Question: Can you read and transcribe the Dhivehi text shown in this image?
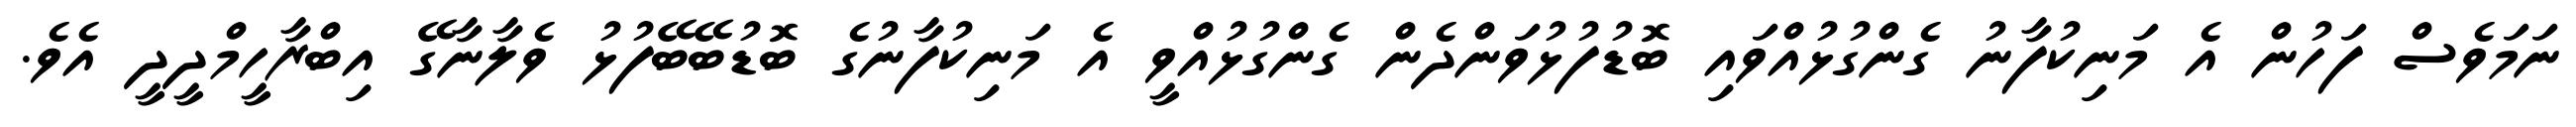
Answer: ނަމަވެސް ފަހުން އެ މަނިކުފާނު ގެންގުޅުއްވައި ބޮޑުފުޅުވަންދެން ގެންގުޅުއްވީ އެ މަނިކުފާނުގެ ބޮޑުބޭބޭފުޅު ވެލާނާގޭ އިބްރާހީމްދީދީ އެވެ.